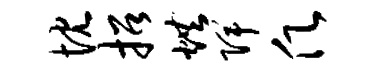
忱招烘陴愿